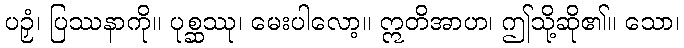
ပဉှံ၊ ပြဿနာကို။ ပုစ္ဆဿု၊ မေးပါလော့။ ဣတိအာဟ၊ ဤသို့ဆို၏။ သော၊